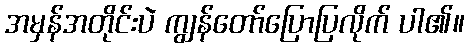
အမှန်အတိုင်းပဲ ကျွန်တော်ပြောပြလိုက် ပါ၏။